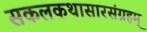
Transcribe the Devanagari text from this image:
सकलकथासारसंग्रहम्